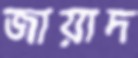
জায়াদ